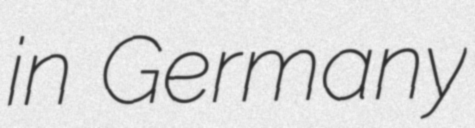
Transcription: in Germany